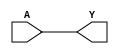
module BUF(A, Y);
input A;
output Y;
assign Y = A;
endmodule